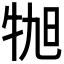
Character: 𪺬